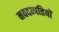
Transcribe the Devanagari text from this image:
नवदम्पतियों